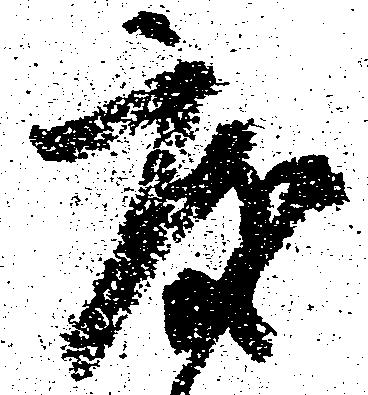
度